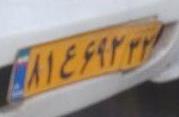
۸۱ع۶۹۲۳۲